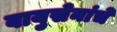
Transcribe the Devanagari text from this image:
वायुसेनांचे